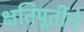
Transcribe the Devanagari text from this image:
क्षतिपूर्तीचे